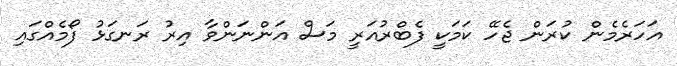
އަހަރެމެން ކުރަން ޖެހޭ ކަމަކީ ފެބްރުއަރީ މަސް އަންނަންވާ އިރު ރަނގަޅު ފޯމެއްގައި